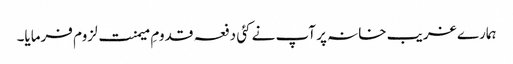
ہمارے غریب خانہ پر آپ نے کئی دفعہ قدومِ میمنت لزوم فرمایا۔